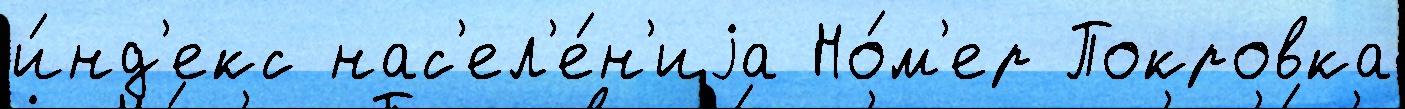
и́нд'екс нас'ел'е́н'иjа Но́м'ер Покровка